Annual administration report of the Civil Veterinary Department, Ajmere-Merwara, British Rajputana - 1914-1940
Year: 1914
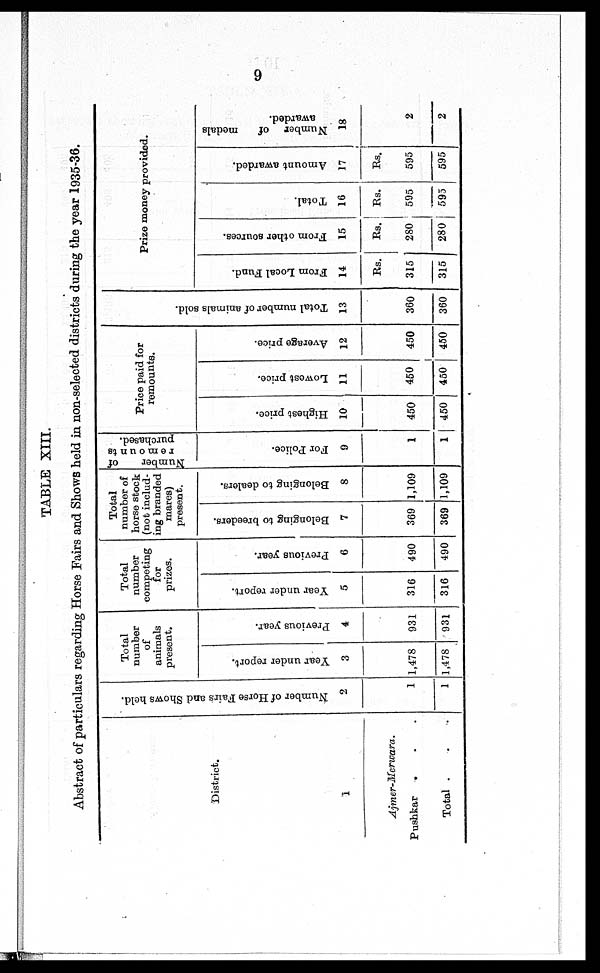
9
TABLE XIII.
Abstract of particulars regarding Horse Fairs and Shows held in non-selected districts during the year 1935-36.
District.
1
Ajmer-Merwara.
Pushkar . . .
Total . . .
Number of Horse Fairs and Shows held.
2
1
1
Total
number
of
animals
present.
Year under report.
3
1,478
1,478
Previous year.
4
931
931
Total
number
competing
for
prizes.
Year under report.
5
316
316
Previous year.
6
490
490
Total
number of
horse stock
(not includ-
ing branded
mares)
present.
Belonging to breeders.
7
369
369
Belonging to dealers.
8
1,109
1,109
Number
of
remounts
purchased.
For Police.
9
1
1
Price paid for
remounts.
Highest price.
10
450
450
Lowest price.
11
450
450
Average price.
12
450
450
Total number of animals sold.
13
360
360
Prize money provided.
From Local Fund.
14
Rs.
315
315
From other sources.
15
Rs.
280
280
Total.
16
Rs.
595
595
Amount awarded.
17
Rs.
595
595
Number of
medals
awarded.
18
2
2